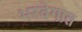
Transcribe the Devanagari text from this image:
भरवेगात